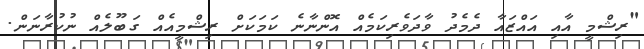
"ރިޝްމީ އާއި އައްޒައާ ދެމެދު ވާދަވެރިކަމެއް އޮންނާނެ ކަމަކަށް ރިޝްމީއެއް ގަބޫލެއް ނުކުރާނަން.